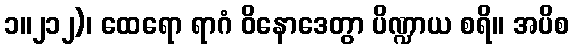
၁။၂၁၂)၊ ထေရော ရာဂံ ဝိနောဒေတွာ ပိဏ္ဍာယ စရိ။ အပိစ